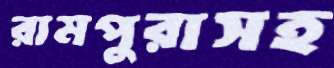
রামপুরাসহ